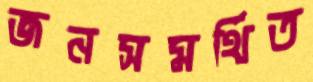
জনসমর্থিত